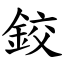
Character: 鉸